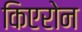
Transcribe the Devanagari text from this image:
किएरोन